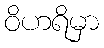
ဝိဟရိမှာ